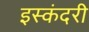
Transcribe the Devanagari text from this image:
इस्कंदरी